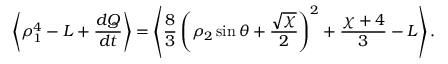
\left\langle \rho _ { 1 } ^ { 4 } - L + \frac { d Q } { d t } \right\rangle = \left\langle \frac { 8 } { 3 } \left( \rho _ { 2 } \sin \theta + \frac { \sqrt { \chi } } { 2 } \right) ^ { 2 } + \frac { \chi + 4 } { 3 } - L \right\rangle .